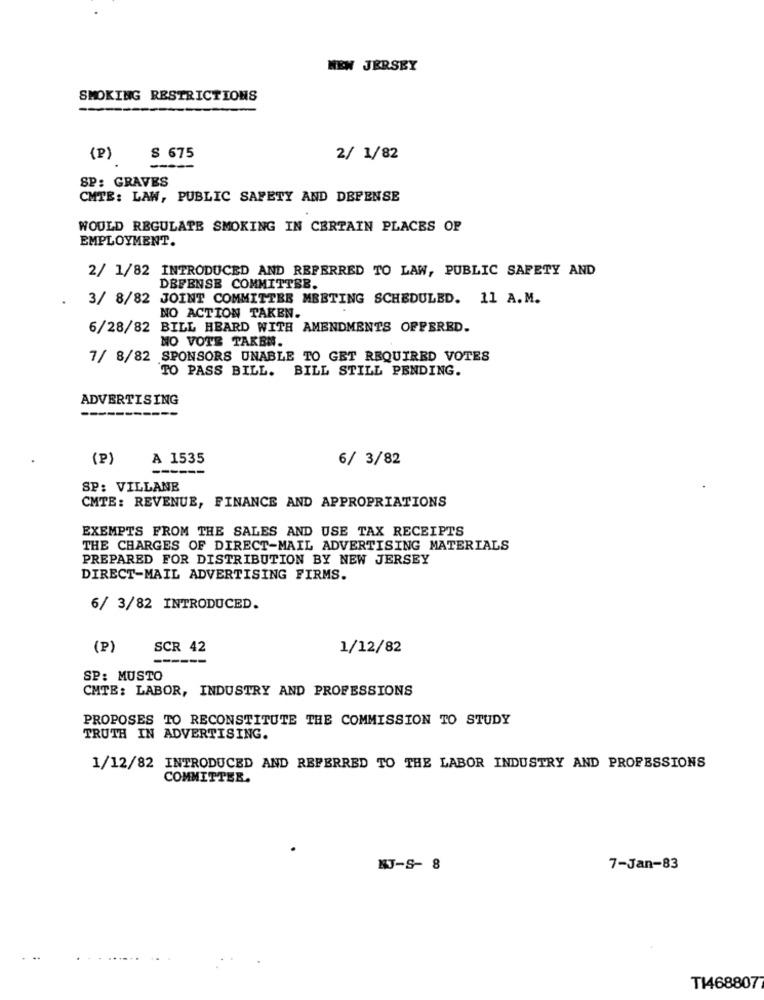
NEW JERSEY
SMOKING RESTRICTIONS
(P)
$ 675
2/ 1/82
SP: GRAVES
CMTE: LAW, PUBLIC SAFETY AND DEFENSE
WOULD REGULATE SMOKING IN CERTAIN PLACES OF
EMPLOYMENT.
2/ 1/82 INTRODUCED AND REFERRED TO LAW, PUBLIC SAFETY AND
DEFENSE COMMITTEE.
.
3/ 8/82 JOINT COMMITTEE MEETING SCHEDULED. 11 A.M.
NO ACTION TAKEN.
6/28/82 BILL HEARD WITH AMENDMENTS OFFERED.
NO VOTE TAKBM.
7/ 8/82 SPONSORS UNABLE TO GET REQUIRED VOTES
TO PASS BILL. BILL STILL PENDING.
ADVERTISING
(P)
A 1535
6/ 3/82
SP: VILLANE
CMTE: REVENUE, FINANCE AND APPROPRIATIONS
EXEMPTS FROM THE SALES AND USE TAX RECEIPTS
THE CHARGES OF DIRECT-MAIL ADVERTISING MATERIALS
PREPARED FOR DISTRIBUTION BY NEW JERSEY
DIRECT-MAIL ADVERTISING FIRMS.
6/ 3/82 INTRODUCED.
(P)
SCR 42
1/12/82
---
SP: MUSTO
CHTE: LABOR, INDUSTRY AND PROFESSIONS
PROPOSES TO RECONSTITUTE THE COMMISSION TO STUDY
TRUTH IN ADVERTISING.
1/12/82 INTRODUCED AND REFERRED TO THE LABOR INDUSTRY AND PROFESSIONS
COMMITTEE.
KJ-S- 8
7-Jan-83
TI468807